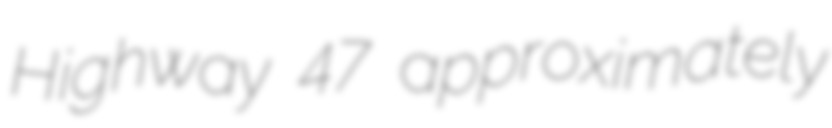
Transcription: Highway 47 approximately